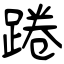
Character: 踡